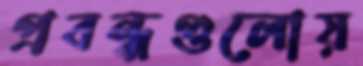
প্রবন্ধগুলোয়